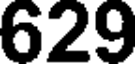
629